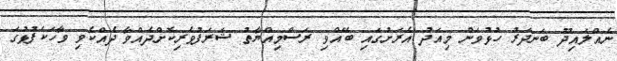
ނެއްލައިދޫ ބަނދަރު ހުޅުވަން މިއަދު އެރަށުގައި ބޭއްވި ރަސްމިއްޔާތު ޝަރަފުވެރިކޮށްދެއްވާ ދެއްކެވި ވާހަކަފުޅުގަ